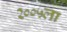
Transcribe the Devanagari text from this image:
२००५ला